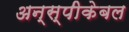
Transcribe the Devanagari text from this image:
अन्स्पीकेबल